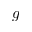
g